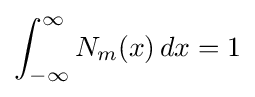
\int _{-\infty }^{\infty }N_{m}(x)\,dx=1